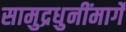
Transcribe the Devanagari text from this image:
सामुद्रधुनींमार्गे